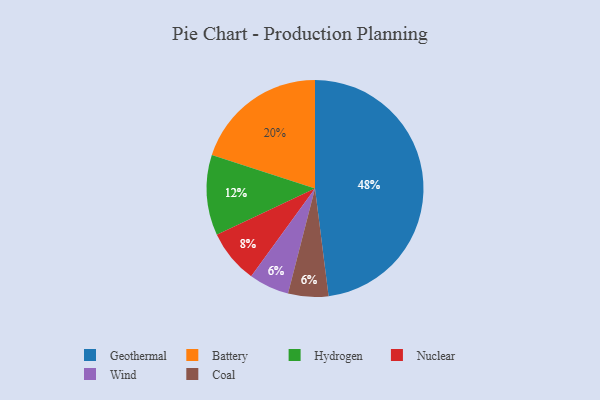
{"axis": {"x": "Category", "y": "Percentage"}, "legend": ["Battery", "Coal", "Geothermal", "Hydrogen", "Nuclear", "Wind"], "data": [{"x": "Wind", "y": 6, "type": "Wind"}, {"x": "Nuclear", "y": 8, "type": "Nuclear"}, {"x": "Battery", "y": 20, "type": "Battery"}, {"x": "Geothermal", "y": 48, "type": "Geothermal"}, {"x": "Hydrogen", "y": 12, "type": "Hydrogen"}, {"x": "Coal", "y": 6, "type": "Coal"}]}